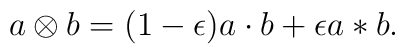
a\otimes b=(1-\epsilon )a\cdot b+ \epsilon a*b.